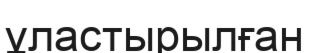
ұластырылған